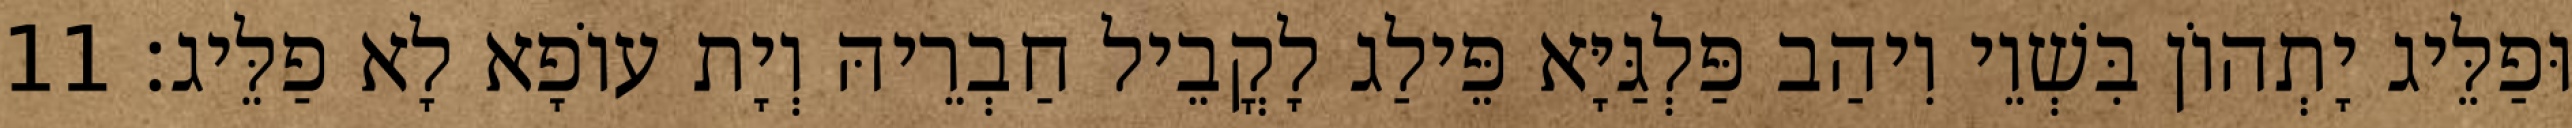
וּפַלֵּיג יָתְהוֹן בִּשְׁוֵי וִיהַב פַּלְגַּיָּא פֵּילַג לָקֳבֵיל חַבְרֵיהּ וְיָת עוֹפָא לָא פַלֵּיג׃ 11